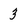
Character: 3